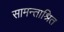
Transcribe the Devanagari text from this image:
सामन्ताश्रित